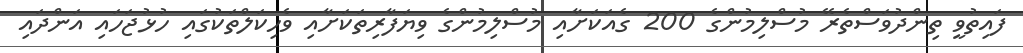
ފައިތުވީ ތިންދުވަސްތެރޭ މުސްލިމުންގެ 200 ގެއަކަށާއި މުސްލިމުންގެ ވިޔަފާރިތަކަށާއި ވެހިކަލްތަކުގައި ހުޅުޖަހައި އަންދައި